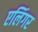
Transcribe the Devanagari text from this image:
एलिंगर